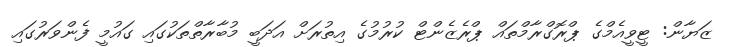
ޒަޔާން: ޓީވީއެމްގެ ޕްރޮގްރާމްތައް ޕްރެޒެންޓް ކުރުމުގެ އިތުރަށް އަދަބީ މުބާރާތްތަކުގައި ގައުމީ ފެންވަރުގައި